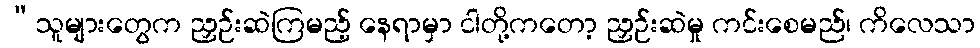
“သူများတွေက ညှဉ်းဆဲကြမည့် နေရာမှာ ငါတို့ကတော့ ညှဉ်းဆဲမှု ကင်းစေမည်၊ ကိလေသာ